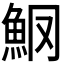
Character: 𫙑